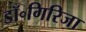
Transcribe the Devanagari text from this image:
डॉ॰गिरिजा